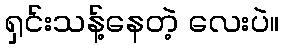
ရှင်းသန့်နေတဲ့ လေးပဲ။